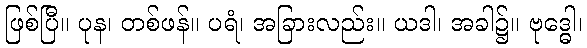
ဖြစ်ပြီ။ ပုန၊ တစ်ဖန်။ ပရံ၊ အခြားလည်း။ ယဒါ၊ အခါ၌။ ဗုဒ္ဓေါ၊